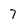
Character: 7